system: You are a helpful assistant.
user:
Analyze the provided spectrum to determine if it is a **S-type Star**.

- **Key Indicators for S-type Star:**

    - **(Overall Spectrum Shape):** The first and most obvious characteristic is the overall continuum (the "baseline" shape). It is **extremely "red-sloping,"** meaning the flux (light intensity) is very low on the left side (blue, ~4000-4500 Å) and rises steeply and continuously toward the right side (red, ~7000 Å+).

    - **(Primary):** The spectrum is defined by the presence of strong, broad molecular absorption "valleys" (bands) from **Zirconium Oxide (ZrO)**. The identification of these bands is the **primary requirement** for classifying a star as S-type.
        - **(Key Bandheads):** You must find distinct, deep "dips" where the light has been absorbed. The most critical band systems to locate are:
            - **~6474 Å** ($\gamma$-system): This is often the strongest and clearest ZrO feature, found in the red part of the spectrum.
            - **~5718 Å** & **~5551 Å** ($\beta$-system): A pair of prominent absorption features in the yellow-orange part of the spectrum.
            - **~4640 Å** ($\alpha$-system): A key absorption band system in the blue-green region of the spectrum.

    - **(Secondary Confirmation):** The classification is strengthened by finding additional absorption bands from other related heavy element oxides, which are expected to be present alongside ZrO.
        - **(Key Bandheads):**
            - **Yttrium Oxide (YO):** Look for absorption dips near **~4800 Å** and **~6100 Å**.
            - **Lanthanum Oxide (LaO):** Additional absorption features, particularly in the red-orange part of the spectrum, are also characteristic.

    - **(Line Profile):** The combination of the steep red continuum and these numerous, deep molecular bands (ZrO, YO, etc.) gives the entire spectrum a very **"chopped-up"** or **"bumpy"** appearance. Instead of a smooth curve, the spectrum looks as though large, wide chunks of light have been "carved out" of it at the specific wavelengths listed above.

Think first, call **spectral_visualization_tool** if needed to examine features in detail, then provide your final answer. Your response must adhere to the following strict rules:
1.  **Overall Structure:** Your response must follow the format `<think>...</think> <tool_call>...</tool_call> (if a tool is used) <answer>...</answer>`.
2.  **Tool Usage Constraint:** You may only make **one** tool call per turn.
3.  **Final Answer Format:** In the `<answer>` tag, your conclusion must be inside a `\boxed{}` command (e.g., `\boxed{YES}` or `\boxed{NO}`), followed by your justification.

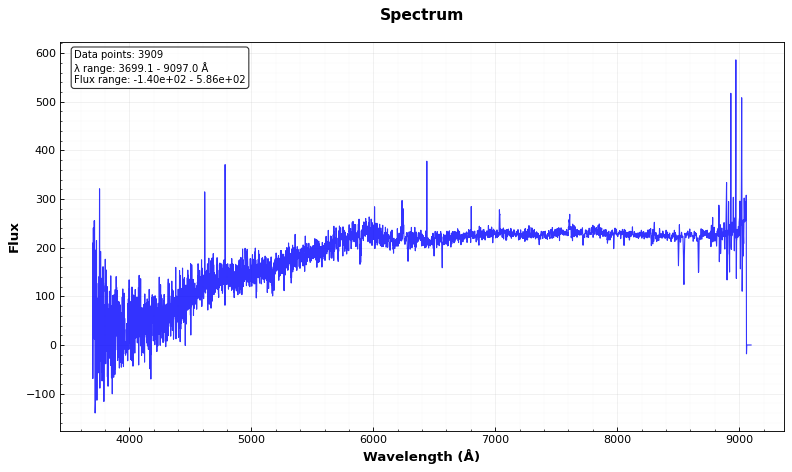
Answer: NO